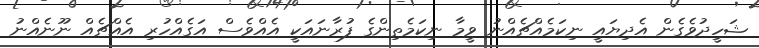
ޝަހީދުވެގެން އެދިޔައީ ނިކަމެއްޗެއްނު ވީމާ ނިކަމެތިންގެ ފުރާނައަކީ އެއްވެސް އަގެއްހުރި އެއްޗެއް ނޫނެއްނު